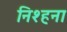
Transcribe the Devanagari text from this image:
निश्हना